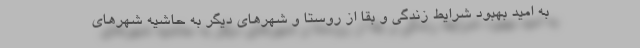
به اميد بهبود شرايط زندگي و بقا از روستا و شهرهاي ديگر به حاشيه شهرهاي